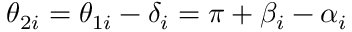
\theta _ { 2 i } = \theta _ { 1 i } - \delta _ { i } = \pi + \beta _ { i } - \alpha _ { i }